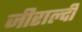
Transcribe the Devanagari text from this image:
जीराल्दी